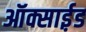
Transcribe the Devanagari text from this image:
ऑक्साई़ड